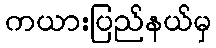
ကယားပြည်နယ်မှ